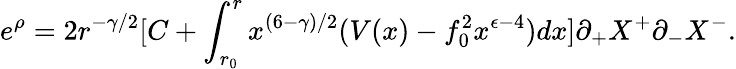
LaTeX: e^{\rho}=2r^{-\gamma/2}[C+\int_{r_{0}}^{r}x^{(6-\gamma)/2}(V(x)-f_{0}^{2}x^{\epsilon-4})dx]\partial_{+}X^{+}\partial_{-}X^{-}.